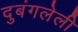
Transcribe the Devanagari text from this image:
दुबंगलेली